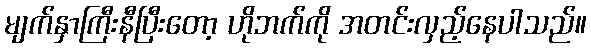
မျက်နှာကြီးနီပြီးတော့ ဟိုဘက်ကို အတင်းလှည့်နေပါသည်။